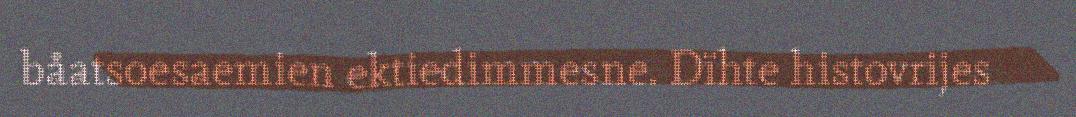
båatsoesaemien ektiedimmesne. Dïhte histovrijes